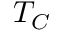
T _ { C }